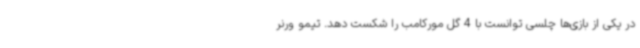
در یکی از بازی‌ها چلسی توانست با 4 گل مورکامب را شکست دهد. تیمو ورنر